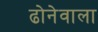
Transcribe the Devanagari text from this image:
ढोनेवाला